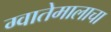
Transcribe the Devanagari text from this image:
ग्वातेमालाचा